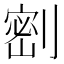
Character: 𭄋